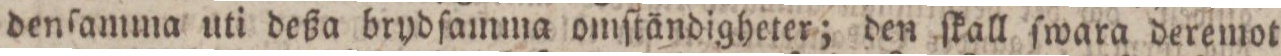
denſamma uti deßa brydſamma omſtändigheter; den ſkall ſwara deremot